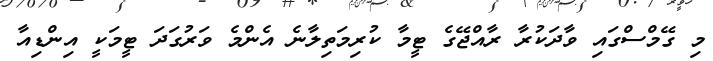
މި ގޭމްސްގައި ވާދަކުރާ ރާއްޖޭގެ ޓީމާ ކުރިމަތިލާނެ އެންމެ ވަރުގަދަ ޓީމަކީ އިންޑިއާ